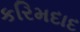
કરિમદાદ